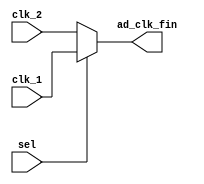
`timescale 1ns / 1ps
//////////////////////////////////////////////////////////////////////////////////
// Company: 
// Engineer: 
// 
// Design Name: 
// Module Name: transfer_module
// Project Name: 
// Target Devices: 
// Tool Versions: 
// Description: 
// 
// Dependencies: 
// 
// Revision:
// Revision 0.01 - File Created
// Additional Comments:
// 
//////////////////////////////////////////////////////////////////////////////////


module transfer_module(
    input sel,
    input clk_1,
    input clk_2,
    
    output ad_clk_fin
    );
    
    assign ad_clk_fin = (sel)? clk_1:clk_2;
    
endmodule